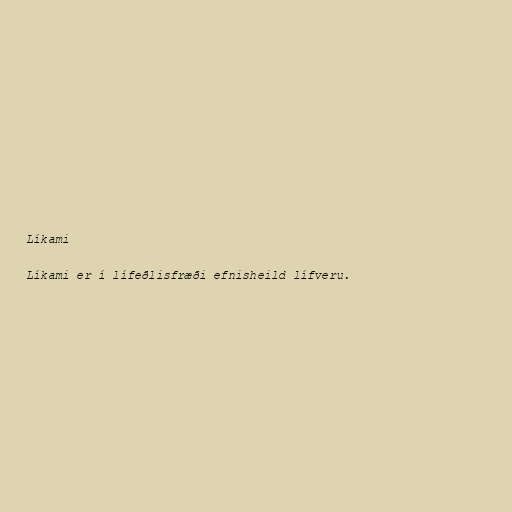
Líkami

Líkami er í lífeðlisfræði efnisheild lífveru.